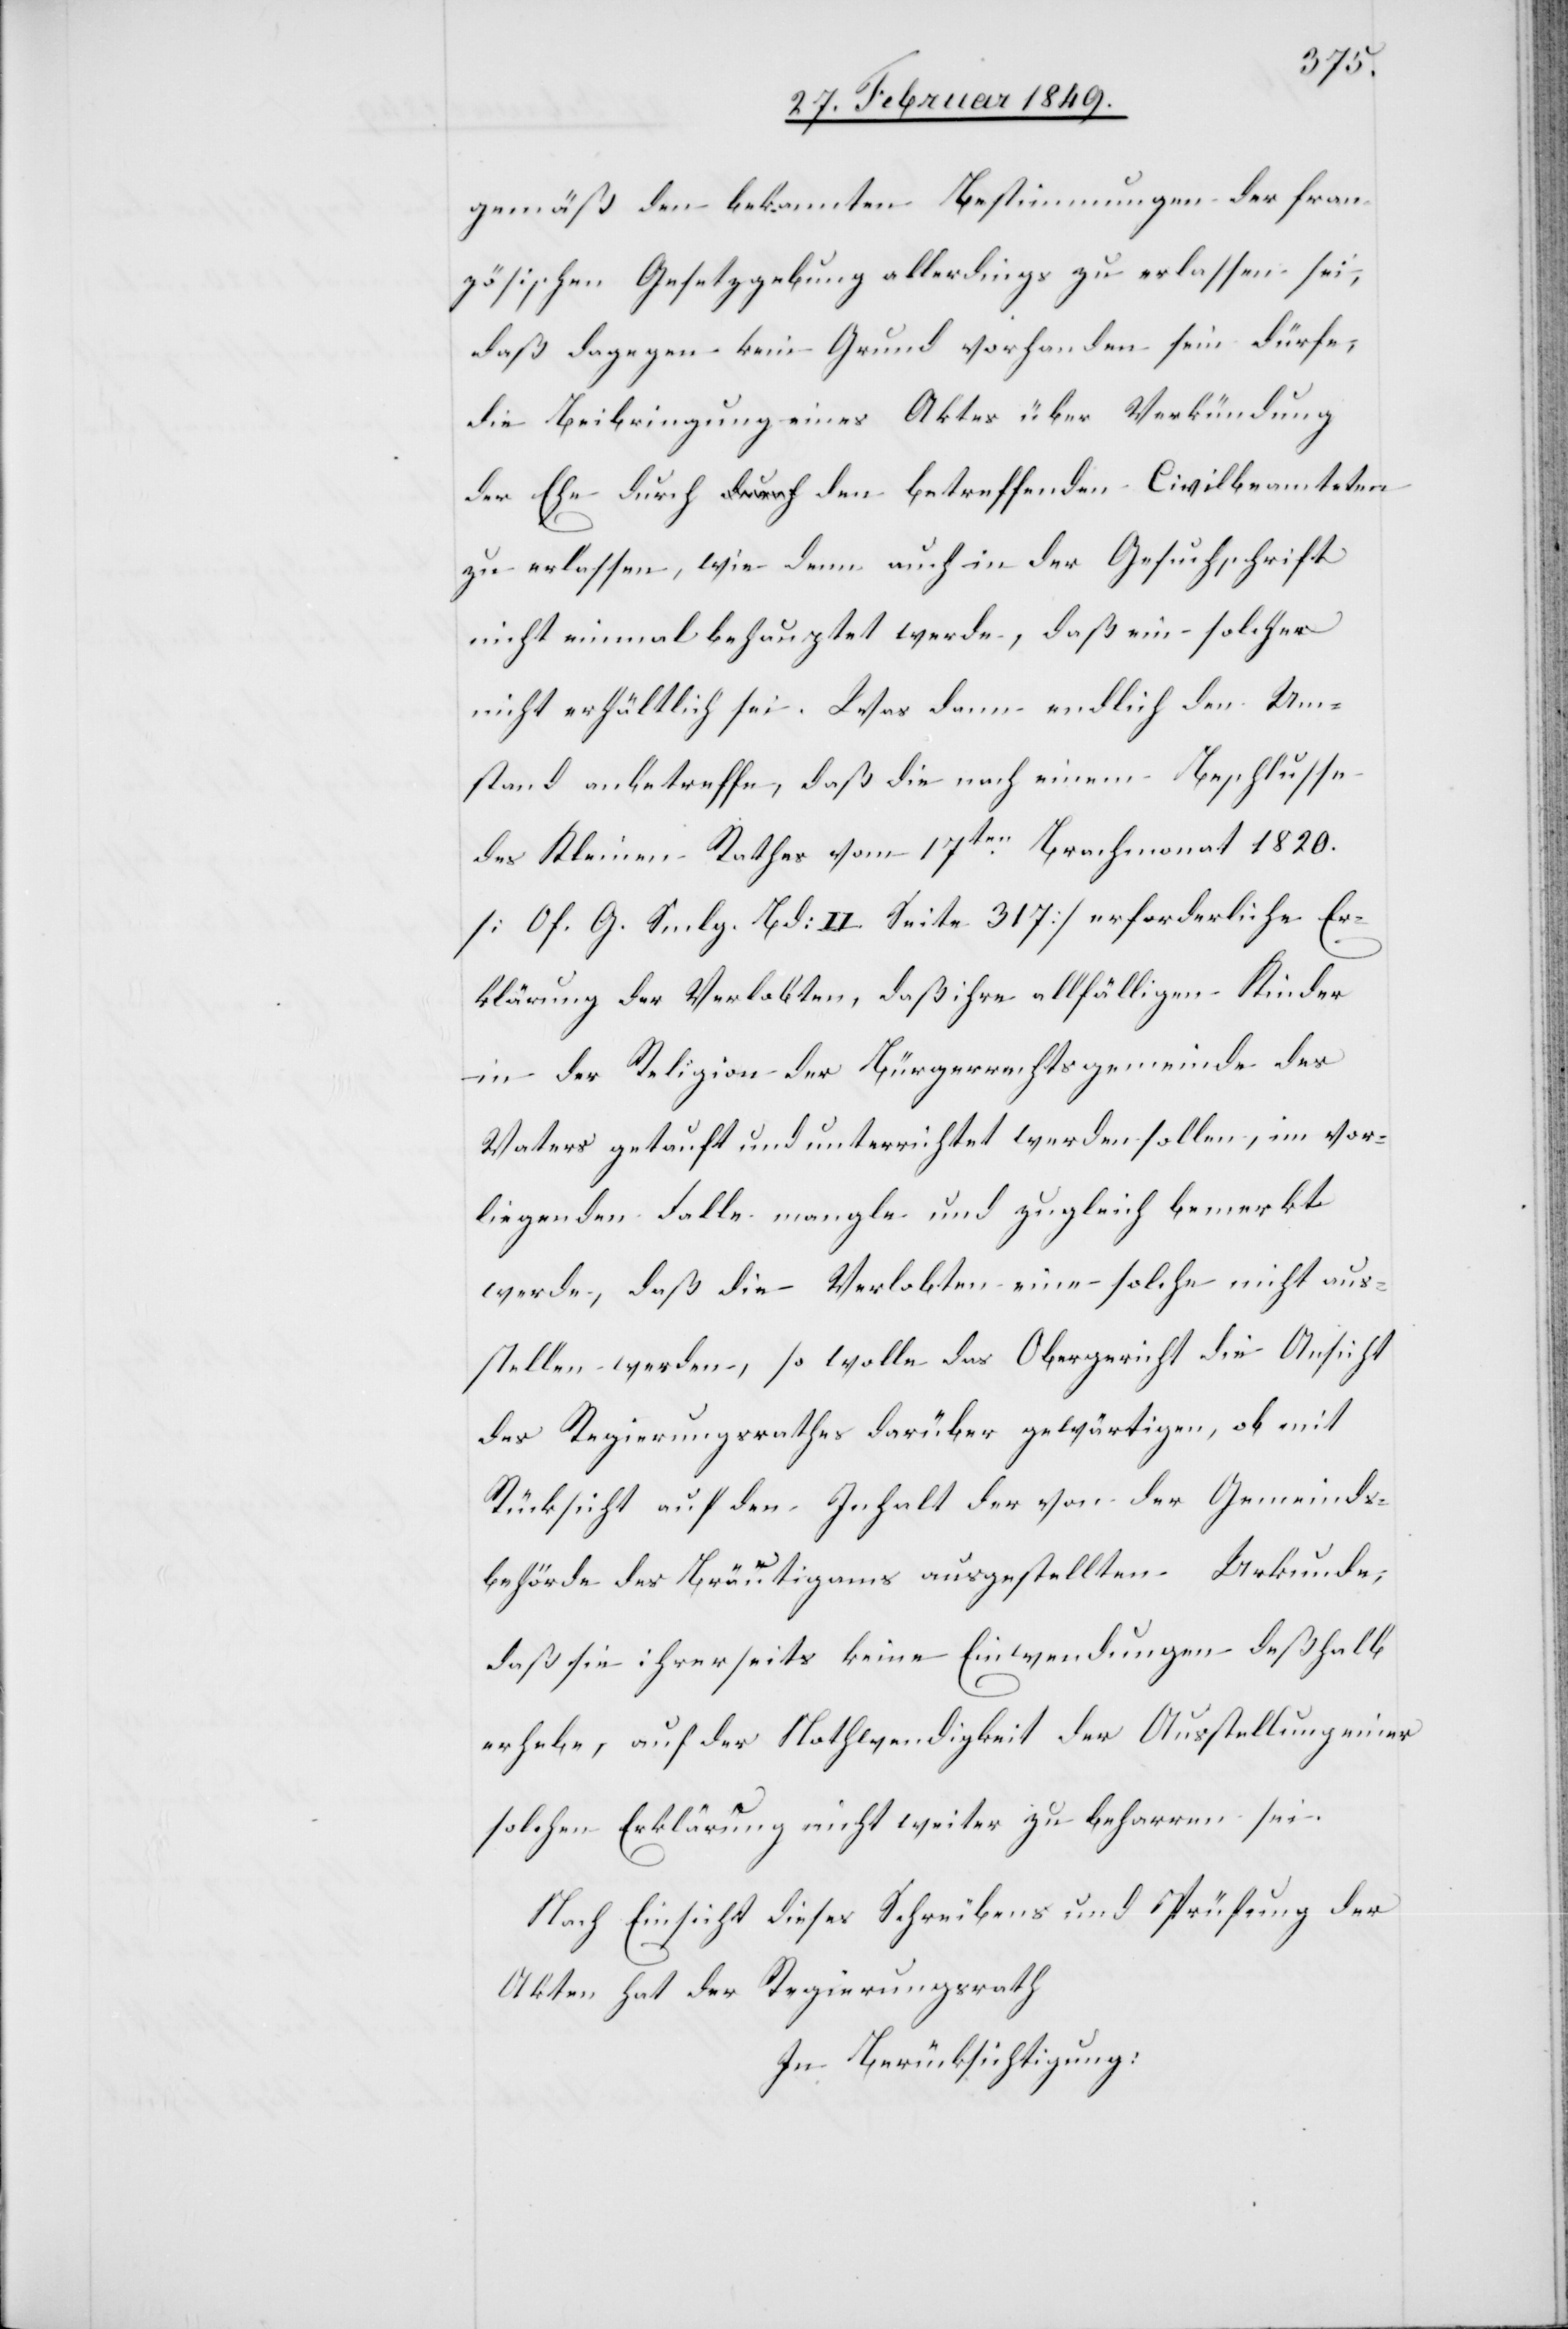
gemäß den bekannten Bestimmungen der fran¬
zösischen Gesetzgebung allerdings zu erlassen sei;
daß dagegen kein Grund vorhanden sein dürfe,
die Beibringung eines Aktes über Verkündung
der Ehe durch den betreffenden Civilbeamteten
zu erlassen, wie denn auch in der Gesuchschrift
nicht behauptet werde, daß ein solcher
nicht erhältlich sei. Was dann endlich den Um¬
stand anbetreffe, daß die nach einem Beschlusse
des Kleinen Rathes vom 17ten. Brachmonat 1820.
[Of. G. Smlg. Bd: II. Seite 317] erforderliche E¬
klärung der Verlobten, daß ihre allfälligen Kinder
in der Religion der Bürgerrechtsgemeinde des
Vaters getauft und unterrichtet werden sollen, im vor¬
liegende Falle mangle und zugleich bemerkt
werde, daß die Verlobten eine solche nicht aus¬
stellen werden, so wolle das Obergericht die Ansicht
des Regierungsrathes darüber gewärtigen, ob mit
Rücksicht auf den Inhalt der von der Gemeinds¬
behörde des Bräutigams ausgestellten Urkunde,
daß sie ihrerseits keine Einwendungen deßhalb
erhebe, auf der Nothwendigkeit der Ausstellung einer
solchen Erklärung nicht weiter zu beharren sei.
Nach Einsicht dieses Schreibens und Prüfung der
Akten hat der Regierungsrath
In Berücksichtigung: